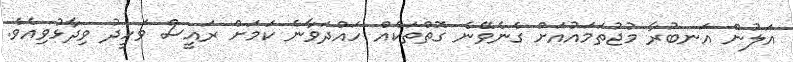
އަލުން އަނބުރާ މުޖުތަމައުއަށް ގެނެވޭނެ ގޮތްތަކެއް ހައްދަވާނެ ކަމަށް ރައީސް ވަހީދު ވިދާޅުވިއެވެ.